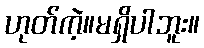
ဟုတ်ကဲ့။မရှိပါဘူး။